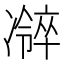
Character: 𫥜